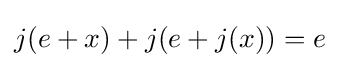
j(e+x)+j(e+j(x))=e